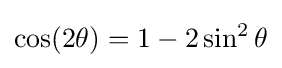
\cos(2\theta )=1-2\sin ^{2}\theta